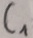
Text: C1